Civil Veterinary Department. United Provinces 1923-31 - 1923-1931
Year: 1923
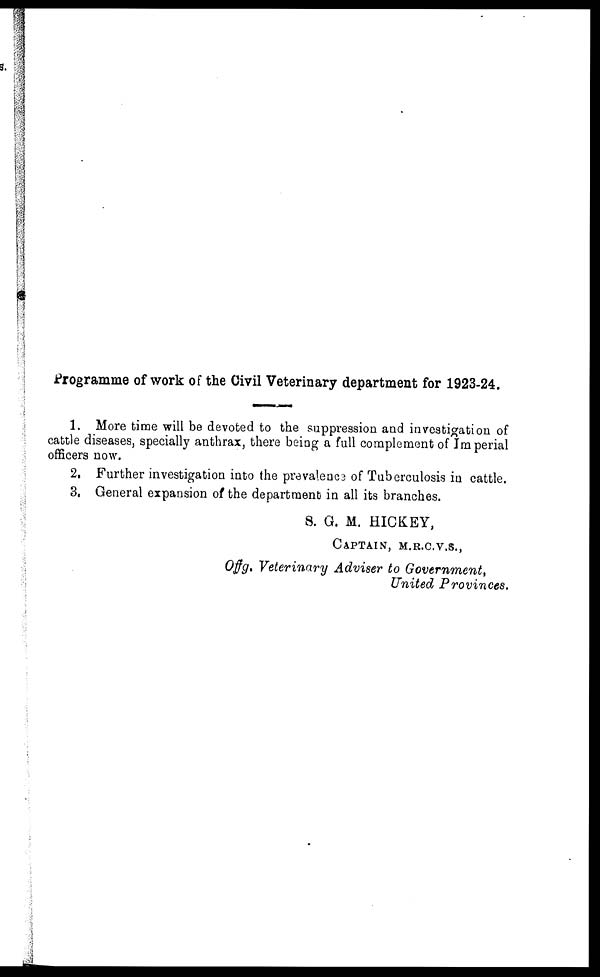
Programme of work of the Civil Veterinary department for 1923-24.
1. More time will be devoted to the suppression and investigation of
cattle diseases, specially anthrax, there being a full complement of Im perial
officers now.
2, Further investigation into the prevalence of Tuberculosis in cattle.
3, General expansion of the department in all its branches.
S. G. M. HICKEY,
CAPTAIN, M.R.C.V.S.,
Offg. Veterinary Adviser to Government,
United
Provinces.